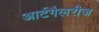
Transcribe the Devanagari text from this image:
आर्टगैलरीज